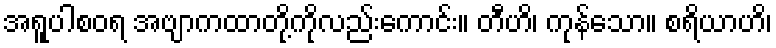
အရူပါစဝရ အဗျာကထာတို့ကိုလည်းကောင်း။ တီဟိ၊ ကုန်သော။ စရိယာဟိ၊